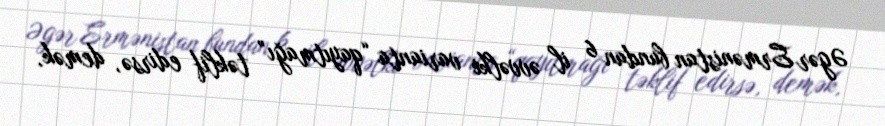
Əgər Ermənistan bundan 6 il əvvəlki varianta “qayıtmağı” təklif edirsə, demək,